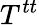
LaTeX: T^{tt}